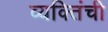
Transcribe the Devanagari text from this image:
व्यक्तिंची